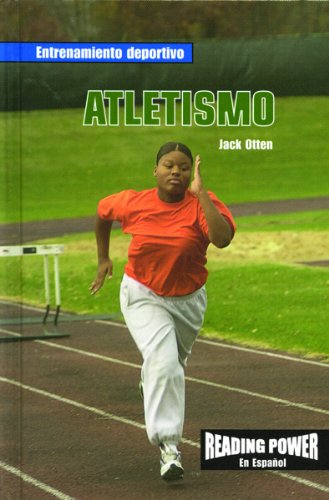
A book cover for Atletismo/Track (Entrenamiento Deportivo) (Spanish Edition); Rosen Publishing Group; Children's Books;